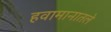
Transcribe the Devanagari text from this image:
हवामानातले